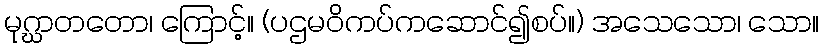
မုဂ္ဃာတတော၊ ကြောင့်။ (ပဌမဝိကပ်ကဆောင်၍စပ်။) အသေသော၊ သော။